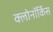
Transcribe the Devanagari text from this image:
क्लोनॉर्किस